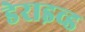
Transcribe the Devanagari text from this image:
डेराइव्ड